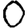
Digit: 0